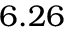
6 . 2 6